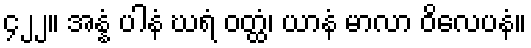
၄၂၂။ အန္နံ ပါနံ ဃရံ ဝတ္ထံ၊ ယာနံ မာလာ ဝိလေပနံ။